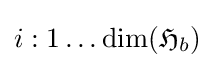
i:1\dots \dim({\mathfrak {H}}_{b})